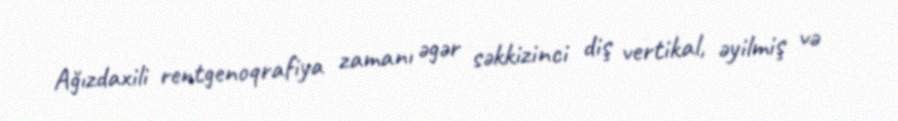
Ağızdaxili rentgenoqrafiya zamanı əgər səkkizinci diş vertikal, əyilmiş və